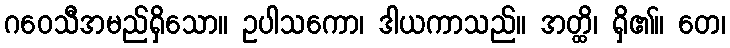
ဂဝေသီအမည်ရှိသော။ ဥပါသကော၊ ဒါယကာသည်။ အတ္ထိ၊ ရှိ၏။ တေ၊